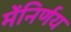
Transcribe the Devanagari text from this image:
मेंनिर्णय